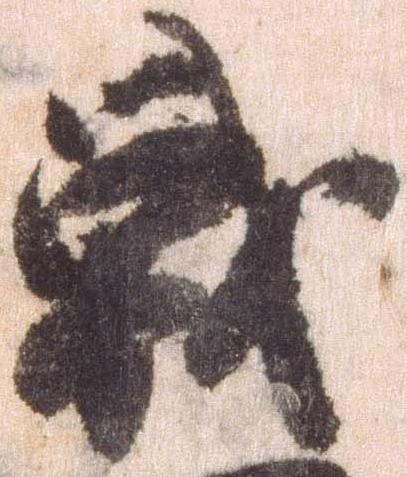
戦